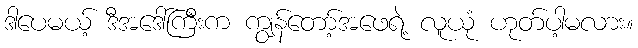
ဒါပေမယ့် ဒီအဒေါ်ကြီးက ကျွန်တော့်အဖေရဲ့ လူယုံ ဟုတ်ပါ့မလား။